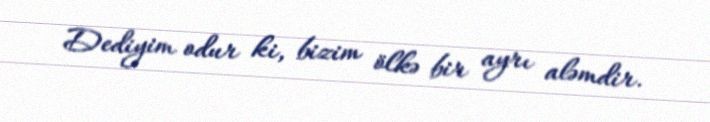
Dediyim odur ki, bizim ölkə bir ayrı aləmdir.